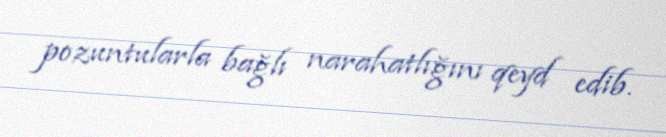
pozuntularla bağlı narahatlığını qeyd edib.